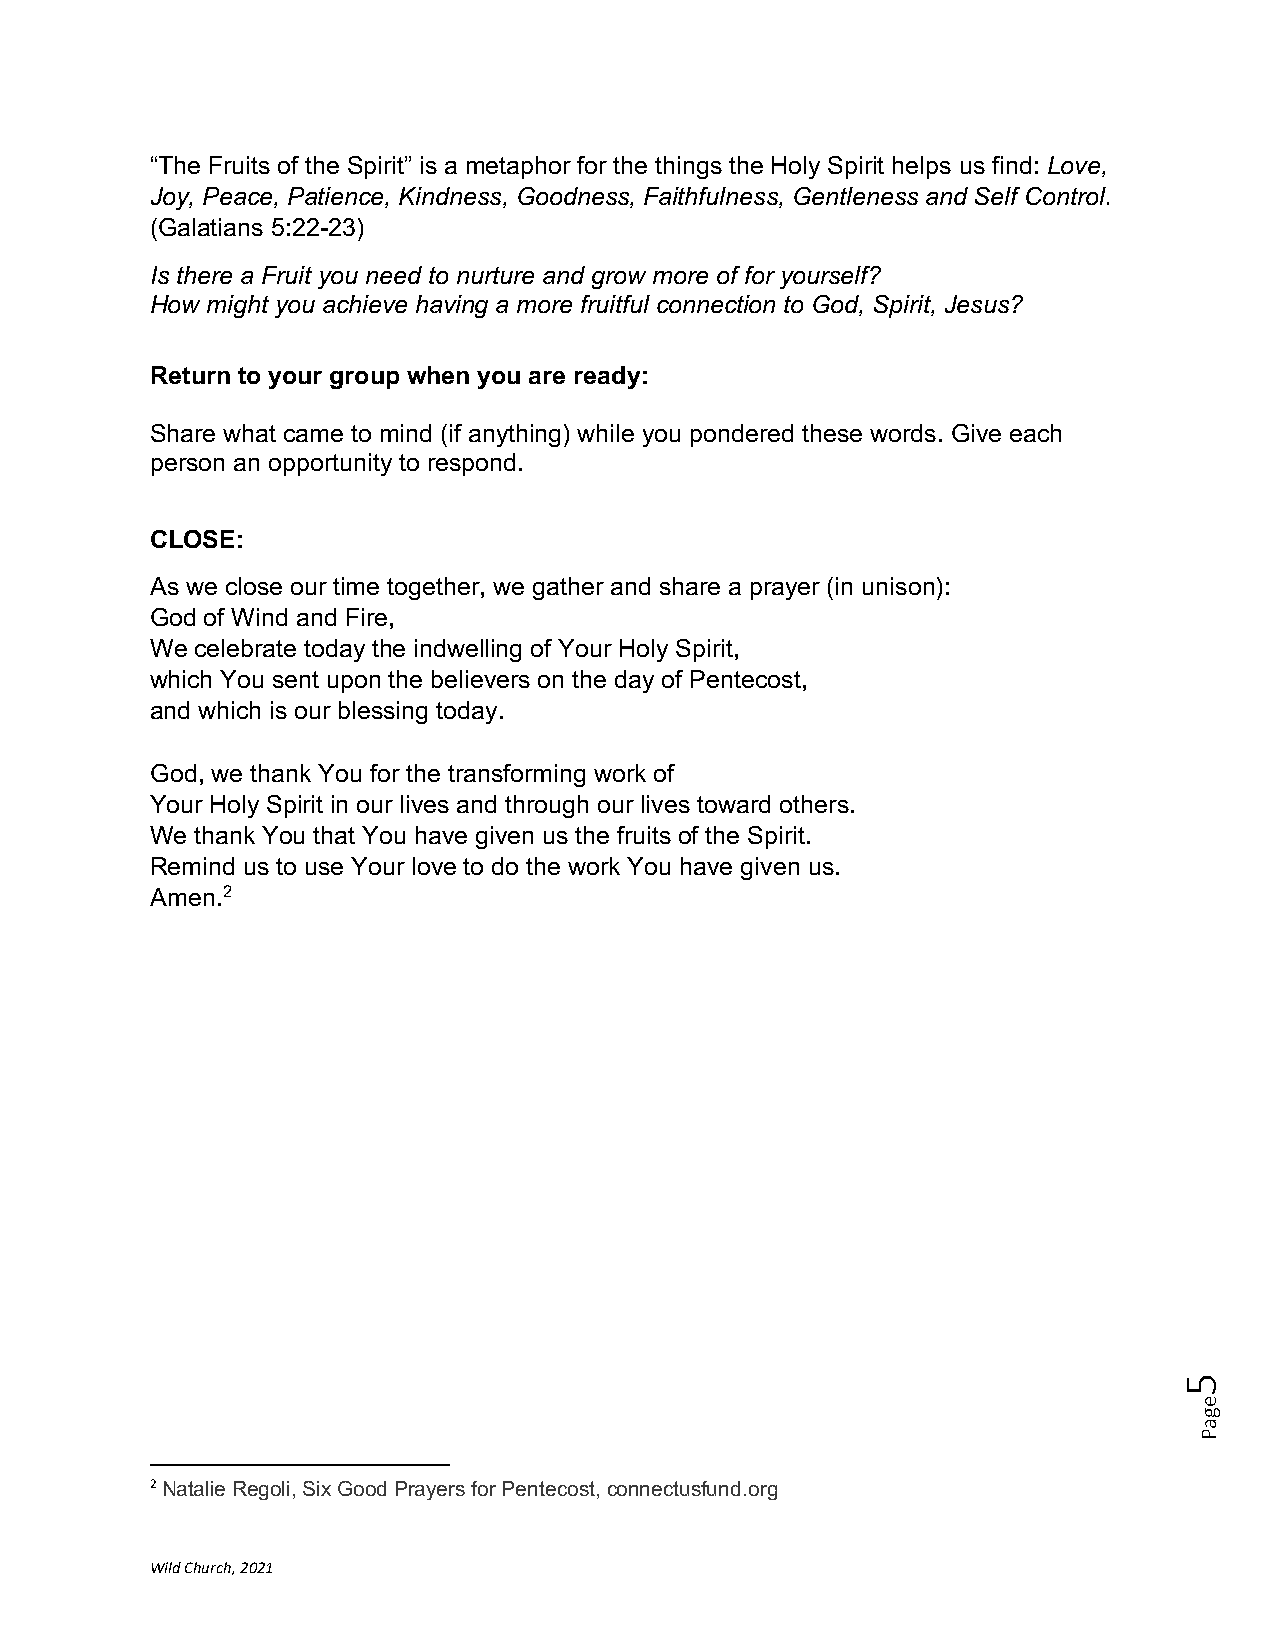
“The Fruits of the Spirit” is a metaphor for the things the Holy Spirit helps us find: Love,
 Joy, Peace, Patience, Kindness, Goodness, Faithfulness, Gentleness and Self Control.
 (Galatians 5:22-23)
 Is there a Fruit you need to nurture and grow more of for yourself?
 How might you achieve having a more fruitful connection to God, Spirit, Jesus?
 Return to your group when you are ready:
 Share what came to mind (if anything) while you pondered these words. Give each
 person an opportunity to respond.
 CLOSE:
 As we close our time together, we gather and share a prayer (in unison):
 God of Wind and Fire,
 We celebrate today the indwelling of Your Holy Spirit,
 which You sent upon the believers on the day of Pentecost,
 and which is our blessing today.
 God, we thank You for the transforming work of
 Your Holy Spirit in our lives and through our lives toward others.
 We thank You that You have given us the fruits of the Spirit.
 Remind us to use Your love to do the work You have given us.
 Amen.2
 2 Natalie Regoli, Six Good Prayers for Pentecost, connectusfund.org
 Wild Church, 2021
 5
 egaP